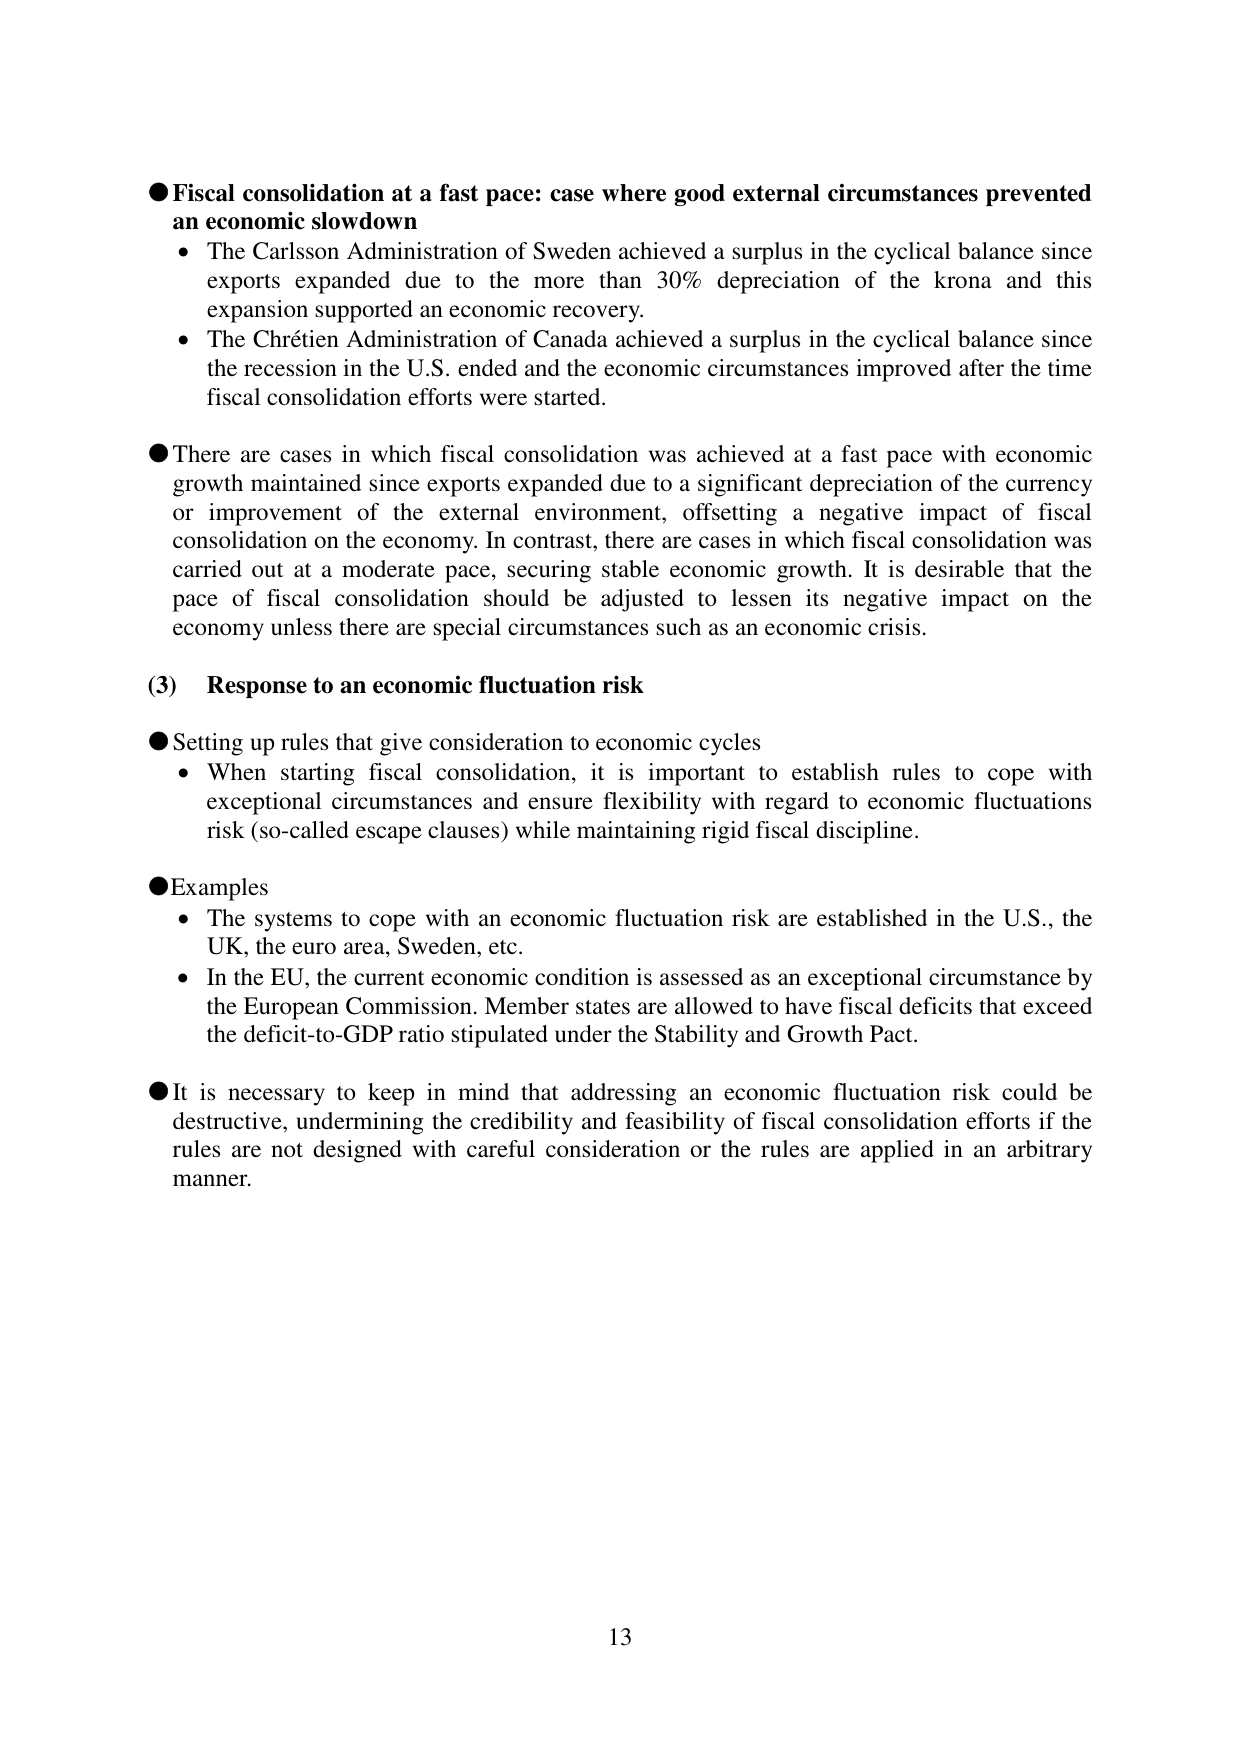
● Fiscal consolidation at a fast pace: case where good external circumstances prevented an economic slowdown
• The Carlsson Administration of Sweden achieved a surplus in the cyclical balance since exports expanded due to the more than 30% depreciation of the krona and this expansion supported an economic recovery.
• The Chrétien Administration of Canada achieved a surplus in the cyclical balance since the recession in the U.S. ended and the economic circumstances improved after the time fiscal consolidation efforts were started.
● There are cases in which fiscal consolidation was achieved at a fast pace with economic growth maintained since exports expanded due to a significant depreciation of the currency or improvement of the external environment, offsetting a negative impact of fiscal consolidation on the economy. In contrast, there are cases in which fiscal consolidation was carried out at a moderate pace, securing stable economic growth. It is desirable that the pace of fiscal consolidation should be adjusted to lessen its negative impact on the economy unless there are special circumstances such as an economic crisis.
(3) Response to an economic fluctuation risk
● Setting up rules that give consideration to economic cycles
• When starting fiscal consolidation, it is important to establish rules to cope with exceptional circumstances and ensure flexibility with regard to economic fluctuations risk (so-called escape clauses) while maintaining rigid fiscal discipline.
● Examples
• The systems to cope with an economic fluctuation risk are established in the U.S., the UK, the euro area, Sweden, etc.
• In the EU, the current economic condition is assessed as an exceptional circumstance by the European Commission. Member states are allowed to have fiscal deficits that exceed the deficit-to-GDP ratio stipulated under the Stability and Growth Pact.
● It is necessary to keep in mind that addressing an economic fluctuation risk could be destructive, undermining the credibility and feasibility of fiscal consolidation efforts if the rules are not designed with careful consideration or the rules are applied in an arbitrary manner.
13